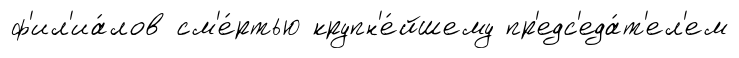
ф'ил'иа́лов см'е́ртью крупн'е́йшему пр'едс'еда́т'ел'ем